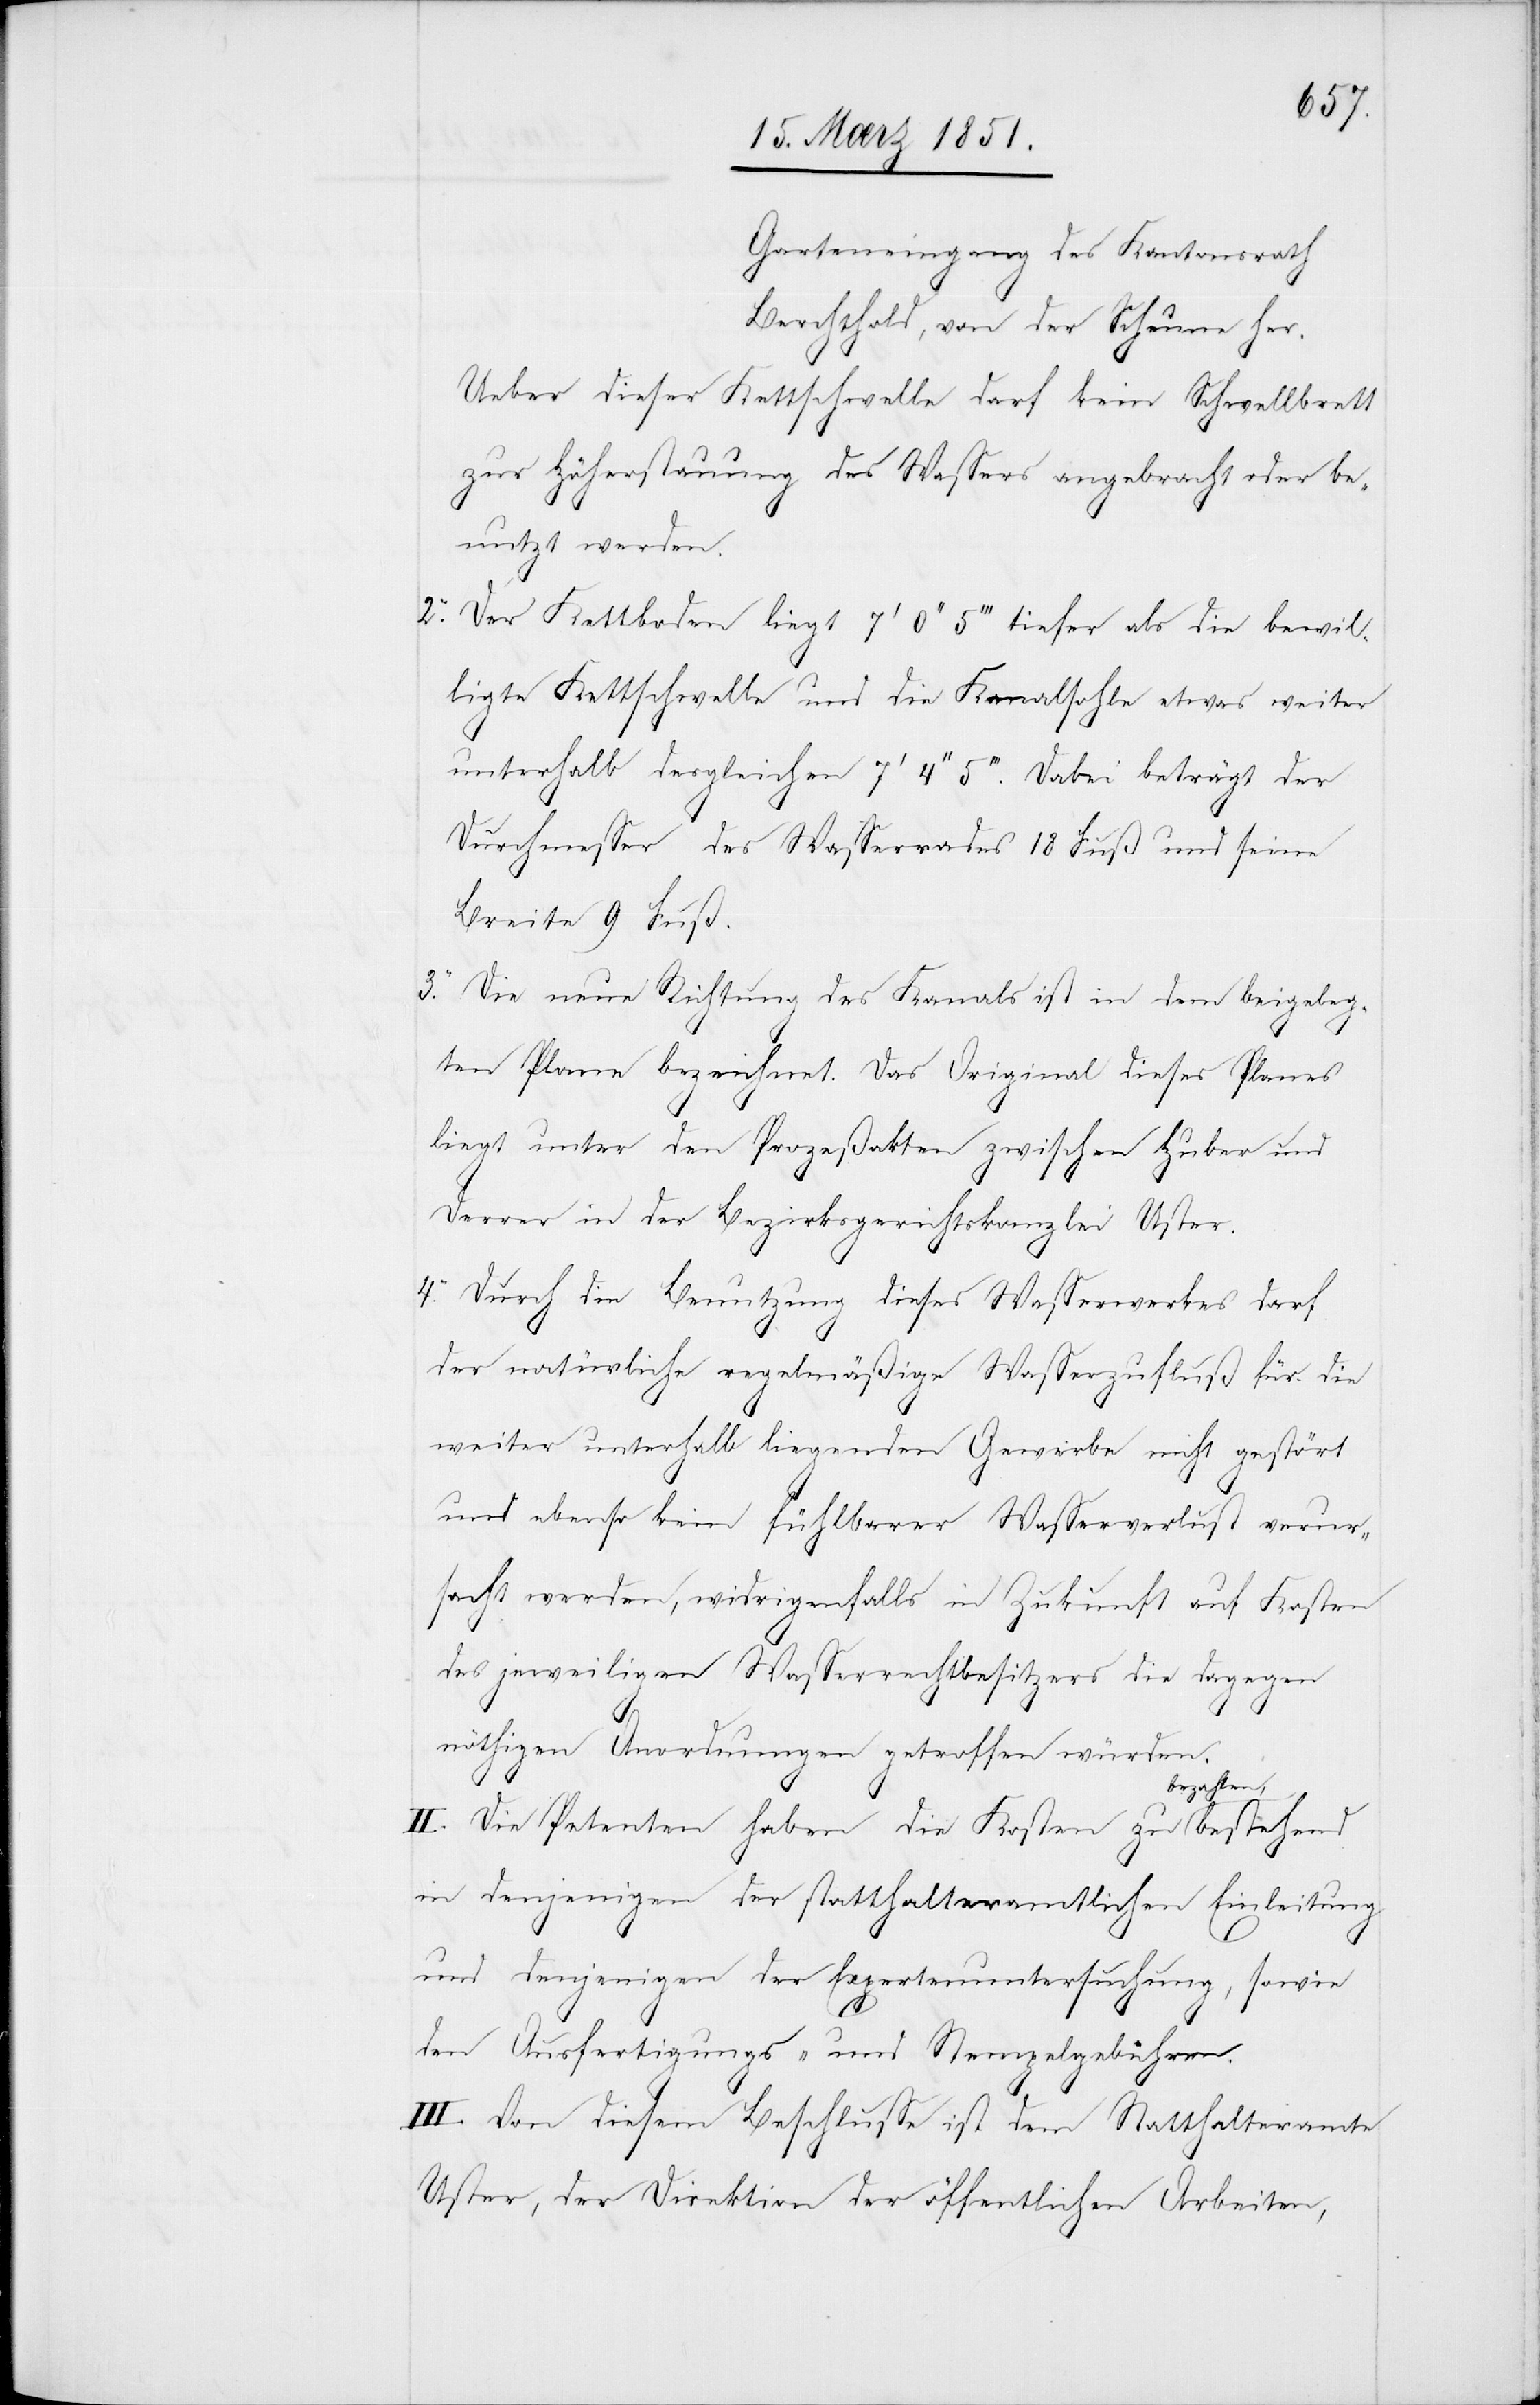
Garteneingang des Kantonsrath
Berchthold, von der Scheune her.
Ueber dieser Kettschwelle darf kein Schwellbrett
zur Höherstauung des Wassers angebracht oder be¬
nutzt werden.
Der Kettboden liegt 7‘ 0‘‘ 5‘‘‘ tiefer als die bewil¬
ligte Kettschwelle und die Kanalsohle etwas weiter
unterhalb desgleichen 7‘ 4‘‘ 5‘‘‘. Dabei beträgt der
Durchmesser des Wasserrades 18 Fuß und seine
Breite 9 Fuß.
Die neue Richtung des Kanals ist in dem beigeleg¬
ten Plane bezeichnet. Das Original dieses Planes
liegt unter den Prozeßakten zwischen Huber und
Derrer in der Bezirksgerichtskanzlei Uster.
Durch die Benutzung dieses Wasserwerkes darf
der natürliche regelmäßige Wasserzufluß für die
weiter unterhalb liegenden Gewerbe nicht gestört
und ebenso kein fühlbarer Wasserverlust verurs¬
acht werden, widrigenfalls in Zukunft auf Kosten
des jeweiligen Wasserrechtbesitzers die dagegen
4.
nöthigen Anordnungen getroffen würden.
II. Die Petenten haben die Kosten zu bezahlen,
in denjenigen der statthalteramtlichen Einleitung
und denjenigen der Expertenuntersuchung, sowie
3.
den Ausfertigungs- und Stempelgebühren.
III. Von diesem Beschlusse ist dem Statthalteramte
Uster, der Direktion der öffentlichen Arbeiten,